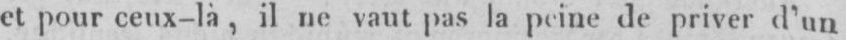
et pour ceux-là, il ne vaut pas la peine de priver d’un